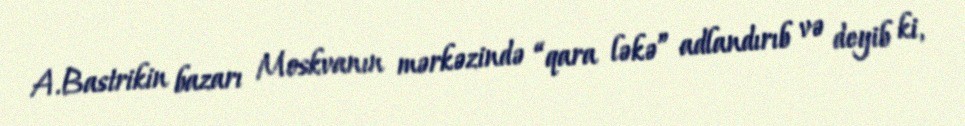
A.Bastrikin bazarı Moskvanın mərkəzində “qara ləkə” adlandırıb və deyib ki,